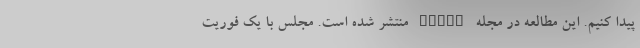
پیدا کنیم. این مطالعه در مجله eLife منتشر شده است. مجلس با یک فوریت